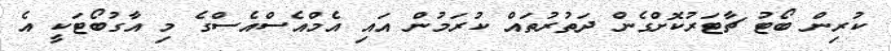
ކުރިން ބޯޓު ޗާޓަރުކޮށްގެން ދަތުރުތައް ކުރަމުން އައި އެމްއެސްއެސްގެ މި އާގުބޯޓަކީ އެ